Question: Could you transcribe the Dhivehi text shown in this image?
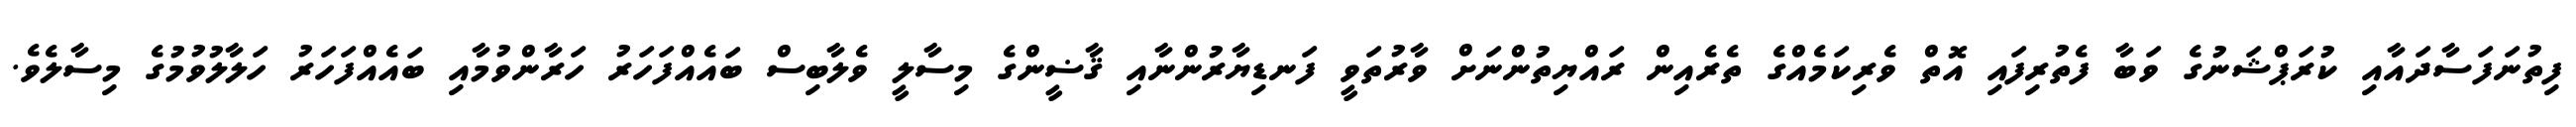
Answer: ފިތުނަފަސާދައާއި ކުރަޕްޝަނުގެ ވަބާ ފެތުރިފައި އޮތް ވެރިކަމެއްގެ ތެރެއިން ރައްޔިތުންނަށް ވާރުތަވީ ފަނޑިޔާރުންނާއި ޤާޟީންގެ މިސާލީ ވެލާބިސް ބައެއްފަހަރު ހަރާންވުމާއި ބައެއްފަހަރު ހަލާލުވުމުގެ މިސާލެވެ.